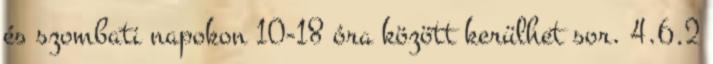
és szombati napokon 10-18 óra között kerülhet sor. 4.6.2